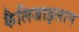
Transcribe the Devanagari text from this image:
कैलिजाइलान